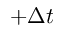
+ \Delta t